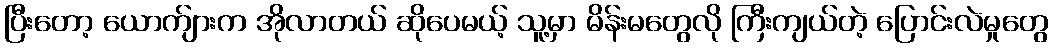
ပြီးတော့ ယောက်ျားက အိုလာတယ် ဆိုပေမယ့် သူ့မှာ မိန်းမတွေလို ကြီးကျယ်တဲ့ ပြောင်းလဲမှုတွေ